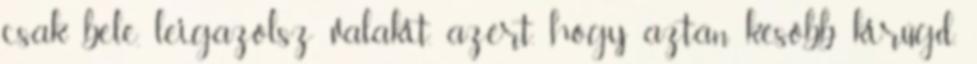
csak bele, leigazolsz valakit, azért, hogy aztán később kirúgd,